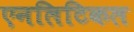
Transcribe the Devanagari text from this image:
एनलिटिकल